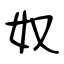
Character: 奴